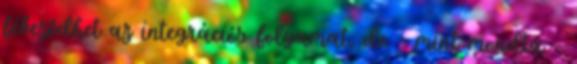
fékeződhet az integrációs folyamat, de - mint mondta -